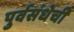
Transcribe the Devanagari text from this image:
पुर्वसंधेची